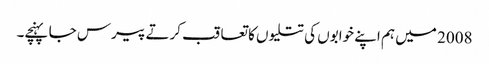
2008 میں ہم اپنے خوابوں کی تتلیوں کا تعاقب کرتے پیرس جا پہنچے۔